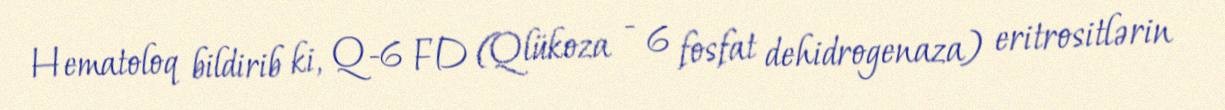
Hematoloq bildirib ki, Q-6 FD (Qlükoza - 6 fosfat dehidrogenaza) eritrositlərin